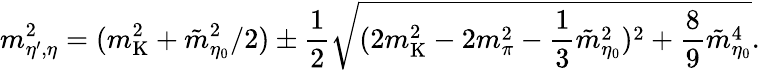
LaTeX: m_{\eta^{\prime},\eta}^{2}=(m_{\mathrm{K}}^{2}+{\tilde{m}}_{\eta_{0}}^{2}/2)\pm{\frac{1}{2}}\sqrt{(2m_{\mathrm{K}}^{2}-2m_{\pi}^{2}-{\frac{1}{3}}{\tilde{m}}_{\eta_{0}}^{2})^{2}+{\frac{8}{9}}{\tilde{m}}_{\eta_{0}}^{4}}.